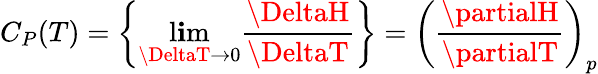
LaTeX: C_{P}(T)=\left\{ \operatorname*{l\mathbf{i}m}_{\DeltaT\to0}{\frac{{\DeltaH}}{{\DeltaT}}}\right\} =\left({\frac{{\partialH}}{{\partialT}}}\right)_{p}